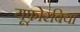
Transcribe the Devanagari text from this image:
यूफ़ोरबिया